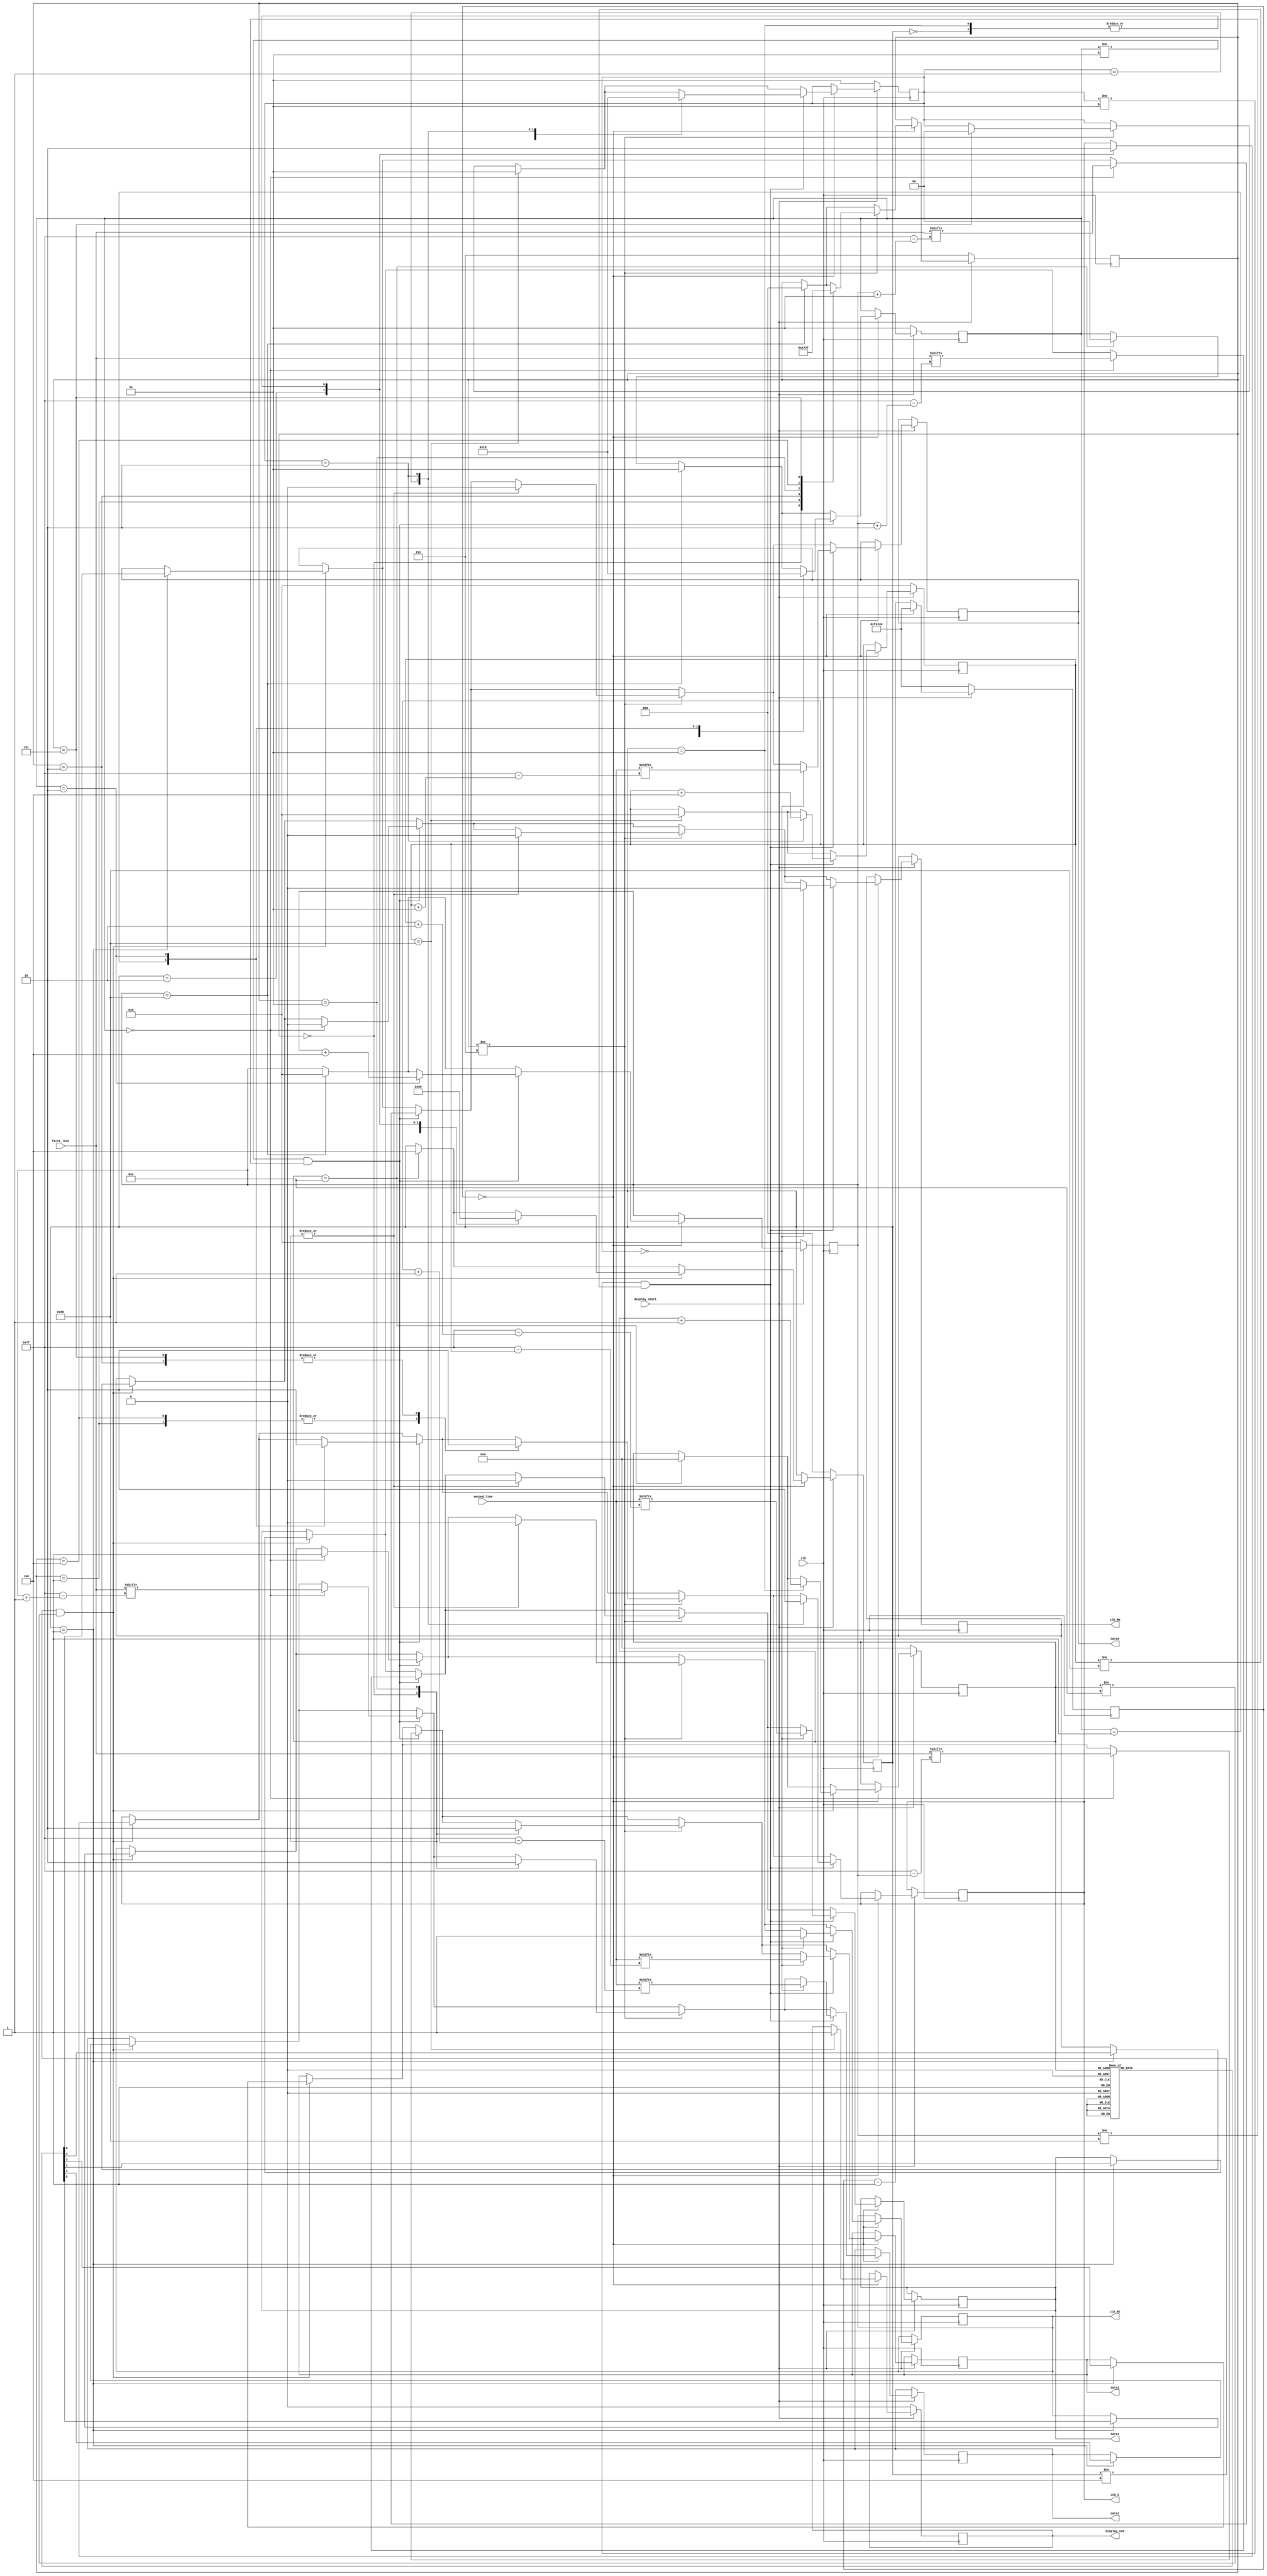
`timescale 1ns / 1ps
//////////////////////////////////////////////////////////////////////////////////
// Company: 
// Engineer: 
// 
// Design Name: 
// Module Name:    display 
// Project Name: 
// Target Devices: 
// Tool versions: 
// Description: 
//
// Dependencies: 
//
// Revision: 
// Revision 0.01 - File Created
// Additional Comments: 
//
//////////////////////////////////////////////////////////////////////////////////

module display(first_line, second_line, display_start, clk, LCD_RS, LCD_RW, LCD_E, data0, data1, data2, data3, display_end);
   	input display_start, clk;
   	input [0:127] first_line;
	input [0:127] second_line;
	output reg LCD_RS, LCD_RW, LCD_E, data0, data1, data2, data3, display_end;

	reg [7:0] index1;
	reg [7:0] index2;
	reg [1:0] state1;
	reg [1:0] state2;
	reg [2:0] next_state;
	reg [2:0] line_break_state;
	reg [31:0] counter;
	reg [5:0] ROM [0:13];
	reg [3:0] ROM_index;
	 
	// Initialization code
	initial begin
	   index1 = 0;
		index2 = 0;
		state1 = 3;
		state2 = 3;
		counter = 1000000;
		next_state = 0;
		line_break_state = 7;
		display_end = 0;
		ROM_index = 0;
		ROM[0] = 6'h03;
		ROM[1] = 6'h03;
		ROM[2] = 6'h03;
		ROM[3] = 6'h02;
		ROM[4] = 6'h02;
		ROM[5] = 6'h08;
		ROM[6] = 6'h00;
		ROM[7] = 6'h06;
		ROM[8] = 6'h00;
		ROM[9] = 6'h0c;
		ROM[10] = 6'h00;
		ROM[11] = 6'h01;
		ROM[12] = 6'h08;
		ROM[13] = 6'h00;
	end
	
	always @(posedge clk) begin
	   if (display_start == 0) begin
			index1 <= 0;
			index2 <= 0;
			state1 <= 3;
			state2 <= 3;
			counter <= 1000000;
			next_state <= 0;
			line_break_state <= 7;
			display_end <= 0;
			ROM_index <= 0;
		end
		
		else if (display_start == 1) begin
			if (counter == 0) begin
				counter <= 1000000;
	
				// Initialization
				if (ROM_index == 14) begin
					next_state <= 4;
					ROM_index <= 0;
					state1 <= 0;
				end
					
				if ((next_state != 4) && (ROM_index != 14)) begin
					case (next_state)
						0: begin
							LCD_E <= 0;
							next_state <= 1;
							end
				
						1: begin
							{LCD_RS, LCD_RW, data3, data2, data1, data0} <= ROM[ROM_index];
							next_state <= 2;
							end
				
						2: begin
							LCD_E <= 1;
							next_state <= 3;
							end
						
						3: begin
							LCD_E <= 0;
							next_state <= 1;
							ROM_index <= ROM_index + 1;
							end
					endcase
				end
	
				// First line
				if (index1 == 128) begin
					state1 <= 3;
					index1 <= 0;
					line_break_state <= 0;
				end
				if ((state1 != 3) && (index1 != 128)) begin
					case (state1)
					0: begin
						{LCD_RS, LCD_RW} <= 2'h2;
						data3 <= first_line[index1];
 						data2 <= first_line[index1+1];
						data1 <= first_line[index1+2];
						data0 <= first_line[index1+3];
						state1 <= 1;
						end
				
					1: begin
						LCD_E <= 1;
						state1 <= 2;
						end
			
					2: begin
						LCD_E <= 0;
						state1 <= 0;
						index1 <= index1+4;
						end
					endcase
				end
			
				// Line break 
				if (line_break_state != 7) begin
					case (line_break_state)
					0: begin
						{LCD_RS, LCD_RW, data3, data2, data1, data0} <= 6'h0c;
						line_break_state <= 1;
						end
					
					1: begin
						LCD_E <= 1;
						line_break_state <= 2;
						end
					
					2: begin
						LCD_E <= 0;
						line_break_state <= 3;
						end
					
					3: begin
						{LCD_RS, LCD_RW, data3, data2, data1, data0} <= 6'h00;
						line_break_state <= 4;
						end
					
					4: begin
						LCD_E <= 1;
						line_break_state <= 5;
						end
					
					5: begin
						LCD_E <= 0;
						line_break_state <= 7;
						state2 <= 0;
						end
					endcase
				end
	
		      // Second line 
				if (index2 == 128) begin
					state2 <= 3;
					index2 <= 0;
					display_end <= 1;
				end
				if ((state2 != 3) && (index2 != 128)) begin
					case (state2)
					0: begin
						{LCD_RS, LCD_RW} <= 2'h2;
						data3 <= second_line[index2];
 						data2 <= second_line[index2+1];
						data1 <= second_line[index2+2];
						data0 <= second_line[index2+3];
						state2 <= 1;
						end
			
					1: begin
						LCD_E <= 1;
						state2 <= 2;
						end
			
					2: begin
						LCD_E <= 0;
						state2 <= 0;
						index2 <= index2+4;
						end
					endcase
				end
			end
			else begin 
				counter <= counter - 1;
			end
		end
	end

endmodule